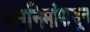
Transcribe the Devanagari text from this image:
स्वनिमांपासून